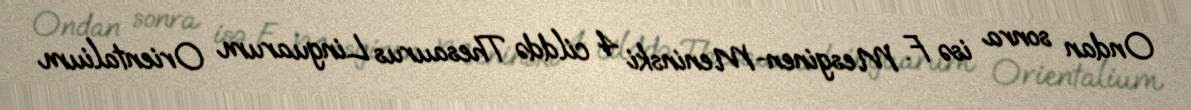
Ondan sonra isə F. Mesginen-Meninski 4 cilddə Thesaurus Linguarum Orientalium